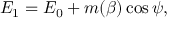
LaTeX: { \cal E } _ { 1 } = { \cal E } _ { 0 } + m ( \beta ) \cos \psi ,